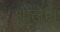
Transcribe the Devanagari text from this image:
धोलेरा